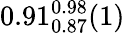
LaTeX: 0.91_{0.87}^{0.98}(1)